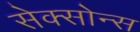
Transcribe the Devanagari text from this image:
सेक्सोन्स